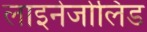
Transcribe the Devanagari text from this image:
लाइनेजोलिड